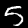
Label: 5